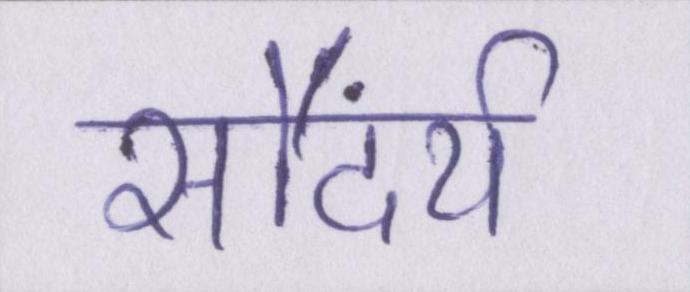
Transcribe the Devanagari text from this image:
सौंदर्य